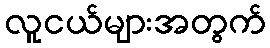
လူငယ်များအတွက်